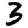
Digit: 3